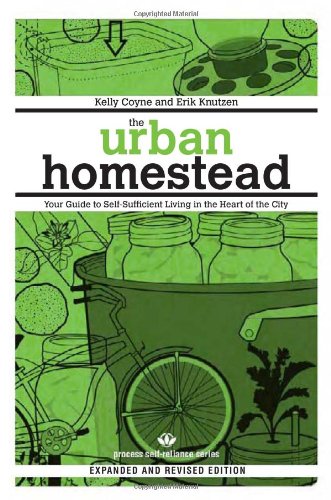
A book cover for The Urban Homestead (Expanded & Revised Edition): Your Guide to Self-Sufficient Living in the Heart of the City (Process Self-reliance Series); Kelly Coyne; Crafts, Hobbies & Home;